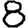
Digit: 8